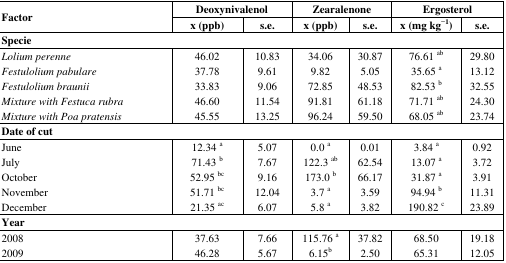
| <ROWSPAN=3> Factor | <COLSPAN=2> Deoxynivalenol | <COLSPAN=2> Zearalenone | <COLSPAN=2> Ergosterol |
 | x (ppb) | s.e. | x (ppb) | s.e. | x (mg kg−1) | s.e. |
 | --- | --- | --- | --- | --- | --- | --- |
 | <COLSPAN=7> Specie |
 | Lolium perenne | 46.02 | 10.83 | 34.06 | 30.87 | 76.61 ab | 29.80 |
 | Festulolium pabulare | 37.78 | 9.61 | 9.82 | 5.05 | 35.65 a | 13.12 |
 | Festulolium braunii | 33.83 | 9.06 | 72.85 | 48.53 | 82.53 b | 32.55 |
 | Mixture with Festuca rubra | 46.60 | 11.54 | 91.81 | 61.18 | 71.71 ab | 24.30 |
 | Mixture with Poa pratensis | 45.55 | 13.25 | 96.24 | 59.50 | 68.05 ab | 23.74 |
 | <COLSPAN=7> Date of cut |
 | June | 12.34 a | 5.07 | 0.0 a | 0.01 | 3.84 a | 0.92 |
 | July | 71.43 b | 7.67 | 122.3 ab | 62.54 | 13.07 a | 3.72 |
 | October | 52.95 bc | 9.16 | 173.0 b | 66.17 | 31.87 a | 3.91 |
 | November | 51.71 bc | 12.04 | 3.7 a | 3.59 | 94.94 b | 11.31 |
 | December | 21.35 ac | 6.07 | 5.8 a | 3.82 | 190.82 c | 23.89 |
 | <COLSPAN=7> Year |
 | 2008 | 37.63 | 7.66 | 115.76 a | 37.82 | 68.50 | 19.18 |
 | 2009 | 46.28 | 5.67 | 6.15b | 2.50 | 65.31 | 12.05 |